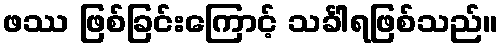
ဖဿ ဖြစ်ခြင်းကြောင့် သင်္ခါရဖြစ်သည်။